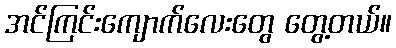
အင်ကြင်းကျောက်လေးတွေ တွေ့တယ်။